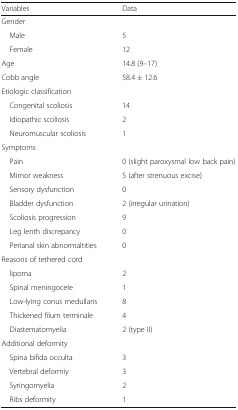
<table><thead><tr><td><b>Variables</b></td><td><b>Data</b></td></tr></thead><tbody><tr><td colspan="2">Gender</td></tr><tr><td> Male</td><td>5</td></tr><tr><td> Female</td><td>12</td></tr><tr><td>Age</td><td>14.8 (9–17)</td></tr><tr><td>Cobb angle</td><td>58.4 ± 12.6</td></tr><tr><td colspan="2">Etiologic classification</td></tr><tr><td> Congenital scoliosis</td><td>14</td></tr><tr><td> Idiopathic scoliosis</td><td>2</td></tr><tr><td> Neuromuscular scoliosis</td><td>1</td></tr><tr><td colspan="2">Symptoms</td></tr><tr><td> Pain</td><td>0 (slight paroxysmal low back pain)</td></tr><tr><td> Mimor weakness</td><td>5 (after strenuous excise)</td></tr><tr><td> Sensory dysfunction</td><td>0</td></tr><tr><td> Bladder dysfunction</td><td>2 (irregular urination)</td></tr><tr><td> Scoliosis progression</td><td>9</td></tr><tr><td> Leg lenth discrepancy</td><td>0</td></tr><tr><td> Perianal skin abnormaltities</td><td>0</td></tr><tr><td colspan="2">Reasons of tethered cord</td></tr><tr><td> lipoma</td><td>2</td></tr><tr><td> Spinal meningocele</td><td>1</td></tr><tr><td> Low-lying conus medullaris</td><td>8</td></tr><tr><td> Thickened filum terminale</td><td>4</td></tr><tr><td> Diastematomyelia</td><td>2 (type II)</td></tr><tr><td colspan="2">Additional deformity</td></tr><tr><td> Spina bifida occulta</td><td>3</td></tr><tr><td> Vertebral deformiy</td><td>3</td></tr><tr><td> Syringomyelia</td><td>2</td></tr><tr><td> Ribs deformity</td><td>1</td></tr></tbody></table>